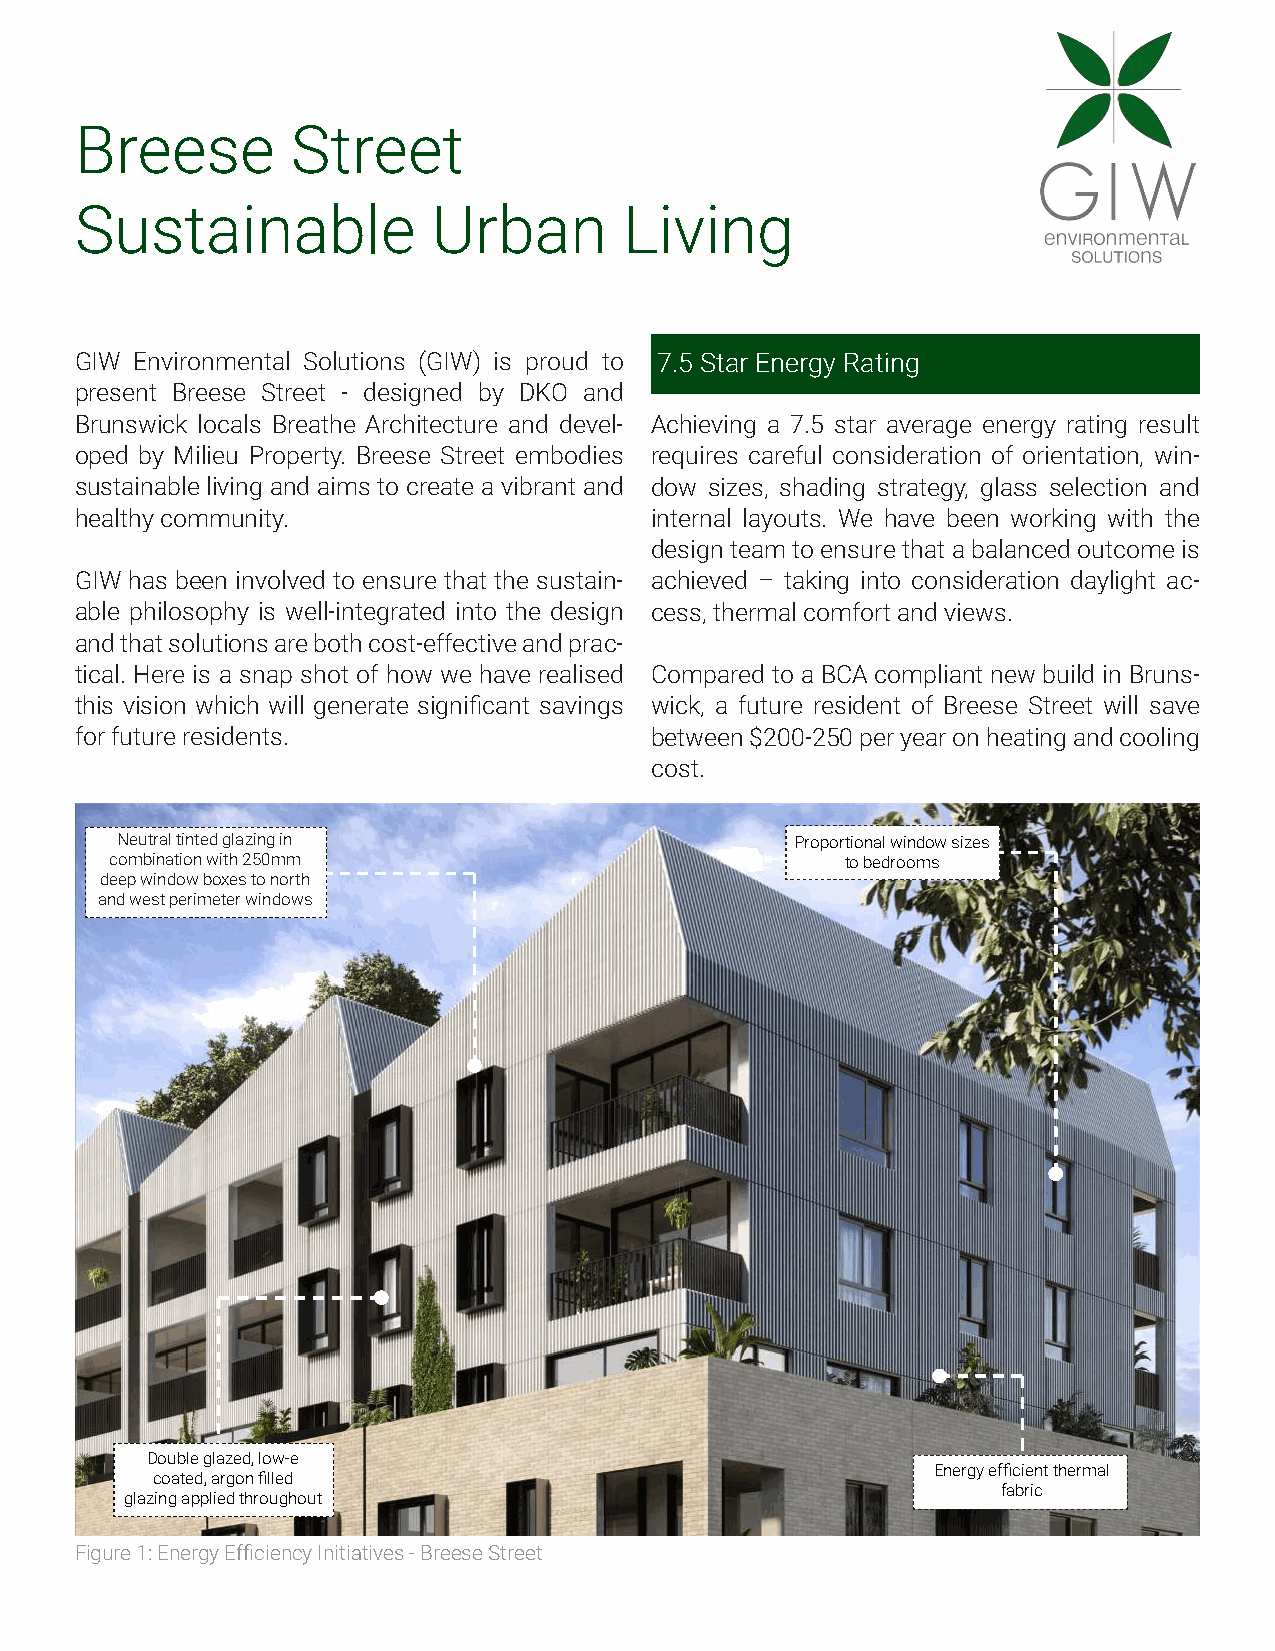
Breese        Street
 Sustainable             Urban       Living
 GIW Environmental Solutions (GIW) is proud to 7.5 Star Energy Rating
 present Breese Street - designed by DKO and
 Brunswick locals Breathe Architecture and devel- Achieving a 7.5 star average energy rating result
 oped by Milieu Property. Breese Street embodies requires careful consideration of orientation, win-
 sustainable living and aims to create a vibrant and dow sizes, shading strategy, glass selection and
 healthy community.                    internal layouts. We have been working with the
 design team to ensure that a balanced outcome is
 GIW has been involved to ensure that the sustain- achieved – taking into consideration daylight ac-
 able philosophy is well-integrated into the design cess, thermal comfort and views.
 and that solutions are both cost-effective and prac-
 tical. Here is a snap shot of how we have realised Compared to a BCA compliant new build in Bruns-
 this vision which will generate significant savings wick, a future resident of Breese Street will save
 for future residents.                 between $200-250 per year on heating and cooling
 cost.
 Neutral tinted glazing in                    Proportional window sizes
 combination with 250mm                           to bedrooms
 deep window boxes to north
 and west perimeter windows
 Double glazed, low-e
 Energy efficient thermal
 coated, argon filled
 fabric
 glazing applied throughout
 Figure 1: Energy Efficiency Initiatives - Breese Street